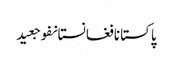
پاکستانافغانستانفوجعید